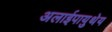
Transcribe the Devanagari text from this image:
अलाईपायुथेय